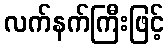
လက်နက်ကြီးဖြင့်